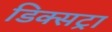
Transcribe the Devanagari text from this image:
डिक्सट्रा